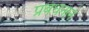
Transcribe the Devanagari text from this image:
प्रबंधनाने